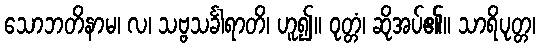
သောဘတိနာမ၊ လ၊ သဗ္ဗသင်္ခါရာတိ၊ ဟူ၍။ ဝုတ္တံ၊ ဆိုအပ်၏။ သာရိပုတ္တ၊